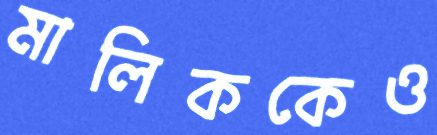
মালিককেও